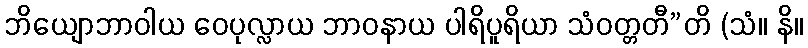
ဘိယျောဘာဝါယ ဝေပုလ္လာယ ဘာဝနာယ ပါရိပူရိယာ သံဝတ္တတီ”တိ (သံ။ နိ။